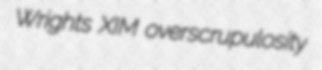
Wrights XIM overscrupulosity